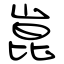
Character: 崑